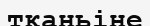
тканьіне